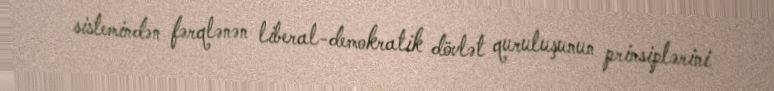
sistemindən fərqlənən liberal-demokratik dövlət quruluşunun prinsiplərini